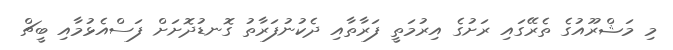
މި މަޝްރޫއުގެ ތެރޭގައި ރަށުގެ އިރުމަތީ ފަރާތާއި ދެކުނުފަރާތު ގޮނޑުދޮށަށް ފަސްއެޅުމާއި ބީޗް